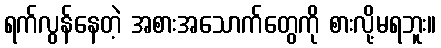
ရက်လွန်နေတဲ့ အစားအသောက်တွေကို စားလို့မရဘူး။